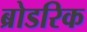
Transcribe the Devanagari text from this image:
ब्रोडरिक